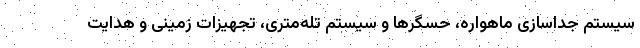
سیستم جداسازی ماهواره، حسگرها و سیستم تله‌متری، تجهیزات زمینی و هدایت